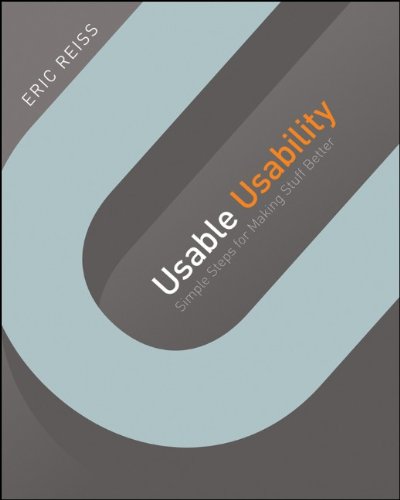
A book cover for Usable Usability: Simple Steps for Making Stuff Better; Eric Reiss; Computers & Technology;